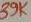
Text: 39K